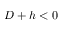
D + h < 0